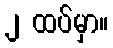
၂ ထပ်မှာ။